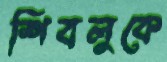
শিবলুকে